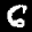
Label: 6